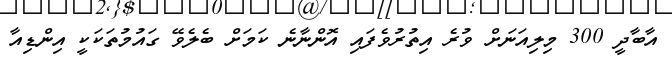
އާބާދީ 300 މިލިއަނަށް ވުރެ އިތުރުވެފައި އޮންނާނެ ކަމަށް ބެލެވޭ ގައުމުތަކަކީ އިންޑިއާ